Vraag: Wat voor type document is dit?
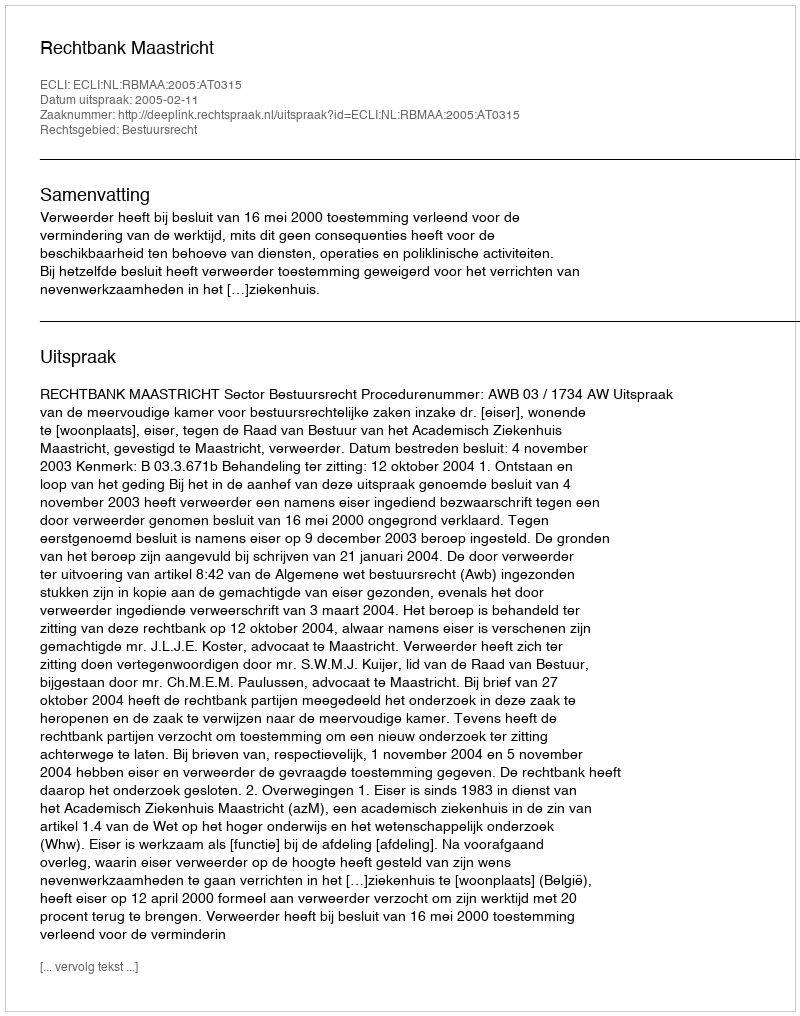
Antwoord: Uitspraak